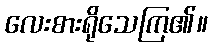
လေးစားရိုသေကြ၏။